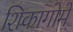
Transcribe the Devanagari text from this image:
शिकागोमें